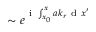
\sim e ^ { \mathrm { ~ i ~ } \int _ { x _ { 0 } } ^ { x } a k _ { r } \mathrm { ~ d ~ } x ^ { \prime } }